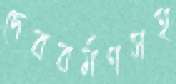
দেববর্মণসহ